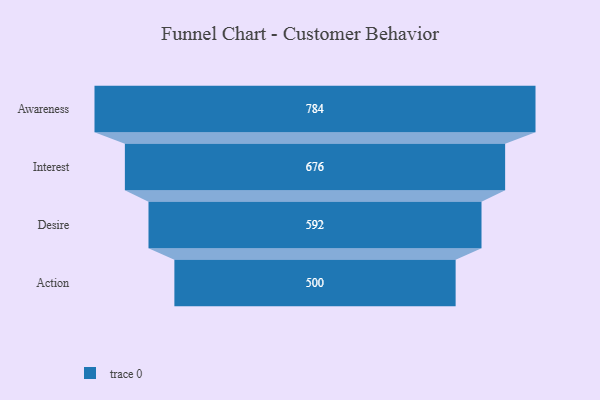
{"axis": {"x": "Stage", "y": "Value"}, "legend": [""], "data": [{"x": "Awareness", "y": 784.0, "type": ""}, {"x": "Interest", "y": 676.0, "type": ""}, {"x": "Desire", "y": 592.0, "type": ""}, {"x": "Action", "y": 500, "type": ""}]}